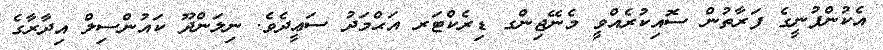
އެކުންފުނީގެ ފަރާތުން ސޮއިކުރެއްވީ މެނޭޖިންގ ޑިރެކްޓަރ އަޙްމަދު ސަޢީދެވެ. ނިލަންދޫ ކައުންސިލް އިދާރާގެ